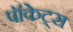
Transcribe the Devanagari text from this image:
पॉकेट्स